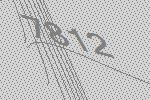
7812